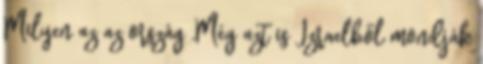
Milyen az az ország ,Még azt is Izraelből mondják